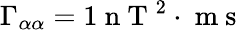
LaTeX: \Gamma_{\alpha\alpha}=1\mathrm{~n~T~}^{2}\cdot\mathrm{~m~s~}